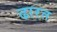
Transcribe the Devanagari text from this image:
ढारत